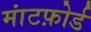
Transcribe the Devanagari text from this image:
मांटफ़ोर्ड